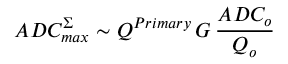
A D C _ { m a x } ^ { \Sigma } \sim Q ^ { P r i m a r y } \, G \, \frac { A D C _ { o } } { Q _ { o } }